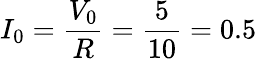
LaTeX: I_{0}=\frac{V_{0}}{R}=\frac{5}{10}=0.5